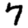
Digit: 7